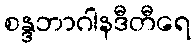
စန္ဒဘာဂါနဒီတီရေ